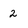
Character: 2